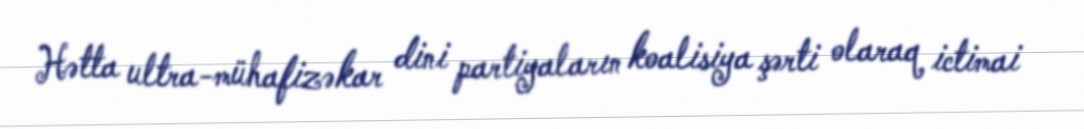
Hətta ultra-mühafizəkar dini partiyaların koalisiya şərti olaraq ictimai